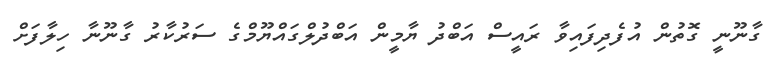
ގާނޫނީ ގޮތުން އުފެދިފައިވާ ރައީސް އަބްދު ޔާމީން އަބްދުލްގައްޔޫމްގެ ސަރުކާރު ގާނޫނާ ހިލާފަށް